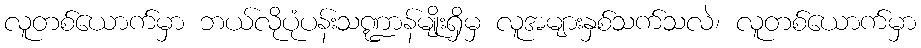
လူတစ်ယောက်မှာ ဘယ်လိုပုံပန်းသဏ္ဍာန်မျိုးရှိမှ လူအများနှစ်သက်သလဲ၊ လူတစ်ယောက်မှာ